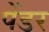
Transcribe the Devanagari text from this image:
पेंडर